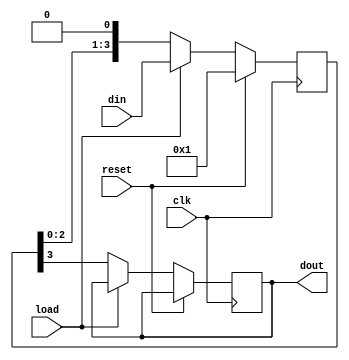
`timescale 1ns / 1ps
//////////////////////////////////////////////////////////////////////////////////
// Company: 
// Engineer: 
// 
// Design Name: 
// Module Name: piso
// Project Name: 
// Target Devices: 
// Tool Versions: 
// Description: 
// 
// Dependencies: 
// 
// Revision:
// Revision 0.01 - File Created
// Additional Comments:
// 
//////////////////////////////////////////////////////////////////////////////////


module piso(din,clk,reset,load,dout);
output dout;
reg dout;
input [3:0] din;
input load,reset,clk;
reg [3:0] temp;

always@(posedge clk)
begin if(reset)
temp <=1;
else if(load)
temp<=din;
else begin
dout<=temp[3];
temp<={temp[2:0],1'b0};
end end
endmodule